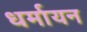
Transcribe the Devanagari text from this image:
धर्मायन